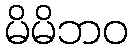
မိမိဘဝ